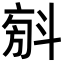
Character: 𣁼